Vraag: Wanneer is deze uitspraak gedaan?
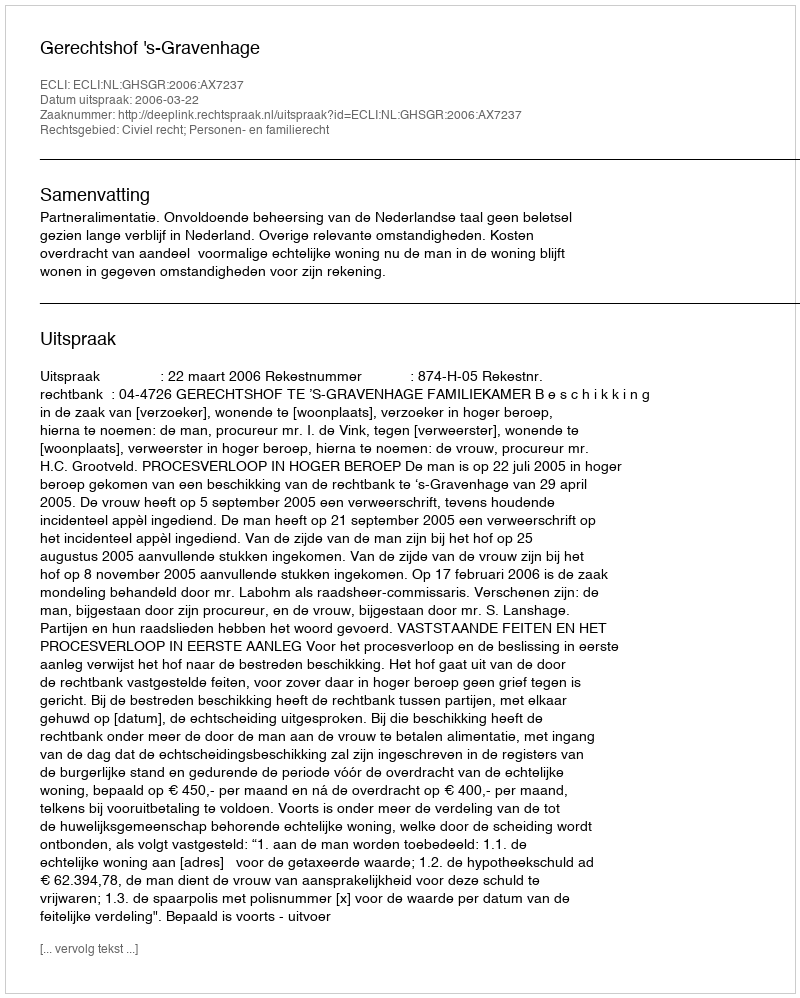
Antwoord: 2006-03-22